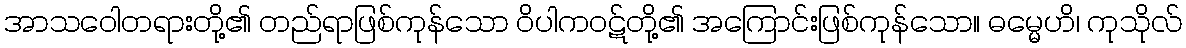
အာသဝေါတရားတို့၏ တည်ရာဖြစ်ကုန်သော ဝိပါကဝဋ်တို့၏ အကြောင်းဖြစ်ကုန်သော။ ဓမ္မေဟိ၊ ကုသိုလ်